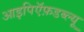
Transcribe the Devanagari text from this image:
आइपिऍफ़डब्ल्यू